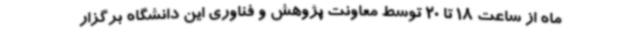
ماه از ساعت 18 تا 20 توسط معاونت پژوهش و فناوری این دانشگاه برگزار